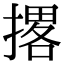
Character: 撂